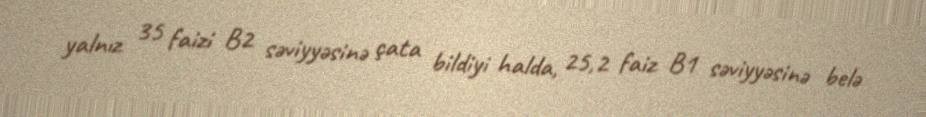
yalnız 35 faizi B2 səviyyəsinə çata bildiyi halda, 25,2 faiz B1 səviyyəsinə belə